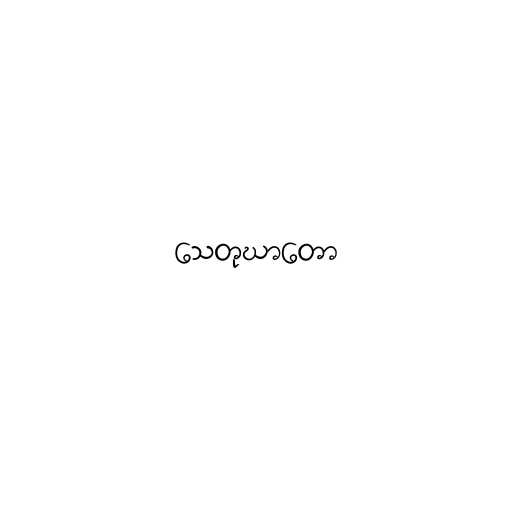
သေတုဃာတော